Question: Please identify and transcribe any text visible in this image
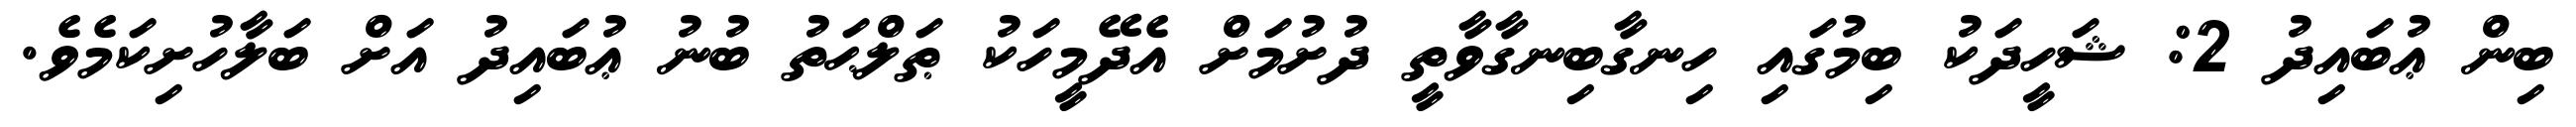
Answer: ބިން ޢުބައިދު 2: ޝަހީދަކު ބިމުގައި ހިނގާބިނގާވާތީ ދުށުމަށް އެދޭމީހަކު ޠަލްޙަތު ބުނު ޢުބައިދު އަށް ބަލާހުށިކަމެވެ.